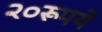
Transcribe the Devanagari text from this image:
२०रूपये